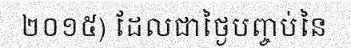
២០១៥) ដែលជាថ្ងៃបញ្ចប់នៃ